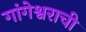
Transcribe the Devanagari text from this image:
गांगेश्वराची